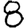
Digit: 8